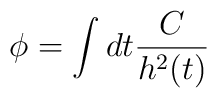
\phi{}=\int{}dt\frac{C}{h^2(t)}